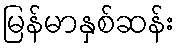
မြန်မာနှစ်ဆန်း